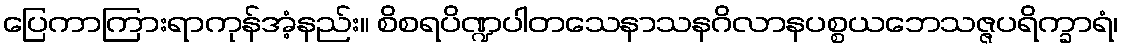
ပြေကာကြားရာကုန်အံ့နည်း။ စိစရပိဏ္ဍပါတသေနာသနဂိလာနပစ္စယဘေသဇ္ဇပရိက္ခာရံ၊